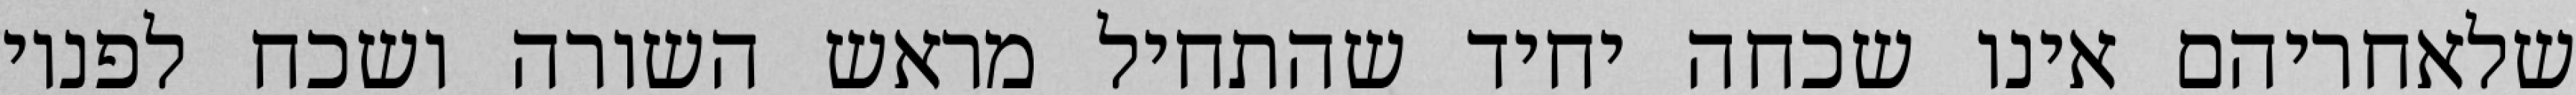
שלאחריהם אינו שכחה יחיד שהתחיל מראש השורה ושכח לפניו